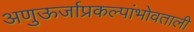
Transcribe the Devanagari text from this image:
अणुऊर्जाप्रकल्पांभोवताली